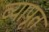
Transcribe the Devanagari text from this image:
व्यापृत